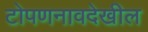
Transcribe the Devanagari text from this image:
टोपणनावदेखील